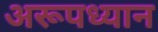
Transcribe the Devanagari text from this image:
अरूपध्यान